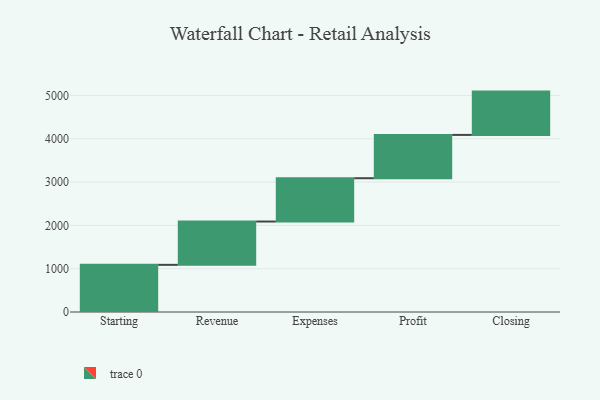
{"axis": {"x": "Step", "y": "Value"}, "legend": [""], "data": [{"x": "Starting", "y": 1089.0, "type": ""}, {"x": "Revenue", "y": 1000, "type": ""}, {"x": "Expenses", "y": 1000, "type": ""}, {"x": "Profit", "y": 1000, "type": ""}, {"x": "Closing", "y": 1000, "type": ""}]}